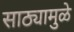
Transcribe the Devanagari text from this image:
साठ्यामुळे